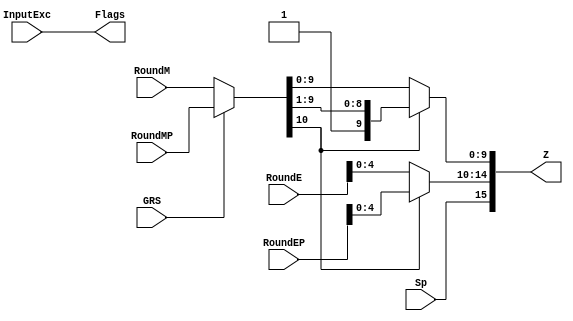
`define BFLOAT16 
`define VCS
`define EXPONENT 8
`define MANTISSA 7
`define EXPONENT 5
`define MANTISSA 10
`define SIGN 1
`define DWIDTH (`SIGN+`EXPONENT+`MANTISSA)
`define AWIDTH 10
`define MEM_SIZE 1024
`define DESIGN_SIZE 12
`define CU_SIZE 4
`define MASK_WIDTH 4
`define MEM_ACCESS_LATENCY 1
`define REG_DATAWIDTH 32
`define REG_ADDRWIDTH 8
`define ITERATIONS_WIDTH 32
`define REG_STDN_ADDR 32'h4
`define REG_MATRIX_A_ADDR 32'he
`define REG_MATRIX_B_ADDR 32'h12
`define REG_MATRIX_C_ADDR 32'h16
`define REG_VALID_MASK_A_ADDR 32'h20
`define REG_VALID_MASK_B_ADDR 32'h5c
`define REG_ITERATIONS_ADDR 32'h40
`define PE_PIPELINE_DEPTH 5
`define IDLE     2'b00
`define W_ENABLE  2'b01
`define R_ENABLE  2'b10

module FPMult_RoundModule(
		RoundM,
		RoundMP,
		RoundE,
		RoundEP,
		Sp,
		GRS,
		InputExc,
		Z,
		Flags
    );

	// Input Ports
	input [`MANTISSA:0] RoundM ;									// Normalized mantissa
	input [`MANTISSA:0] RoundMP ;									// Normalized exponent
	input [`EXPONENT:0] RoundE ;									// Normalized mantissa + 1
	input [`EXPONENT:0] RoundEP ;									// Normalized exponent + 1
	input Sp ;												// Product sign
	input GRS ;
	input [4:0] InputExc ;
	
	// Output Ports
	output [`DWIDTH-1:0] Z ;										// Final product
	output [4:0] Flags ;
	
	// Internal Signals
	wire [`EXPONENT:0] FinalE ;									// Rounded exponent
	wire [`MANTISSA:0] FinalM;
	wire [`MANTISSA:0] PreShiftM;
	
	assign PreShiftM = GRS ? RoundMP : RoundM ;	// Round up if R and (G or S)
	
	// Post rounding normalization (potential one bit shift> use shifted mantissa if there is overflow)
	assign FinalM = (PreShiftM[`MANTISSA] ? {1'b0, PreShiftM[`MANTISSA:1]} : PreShiftM[`MANTISSA:0]) ;
	
	assign FinalE = (PreShiftM[`MANTISSA] ? RoundEP : RoundE) ; // Increment exponent if a shift was done
	
	assign Z = {Sp, FinalE[`EXPONENT-1:0], FinalM[`MANTISSA-1:0]} ;   // Putting the pieces together
	assign Flags = InputExc[4:0];

endmodule